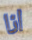
انا